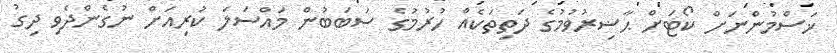
ޚަސްމުންނަށް ކޯޓަށް ޙާޟިރުވުމުގެ ދަތިތަކެއް ހުރުމުގެ ސަބަބުން މައްސަލަ ކުރިއަށް ނުގެންދެވި ދިގު